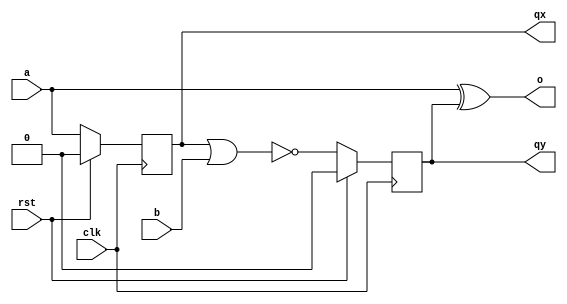
module boolean_circuit (a,b,clk,rst,qx,qy,o);
	input a,b,clk,rst; //a & b are the inputs
	output reg qx,qy;
	output o; // two outputs of the two flops and o is the actual output
	wire dx,dy;
	wire c;
	assign dx=a;
	assign dy=c; 
		always@(posedge clk)
			begin
				if (rst)
					begin
						qx<=1'b0;
						qy<=1'b0;	
					end
				else
					begin
						qx<=dx;
						qy<=dy;
					end
			end
	assign o=a^qy;
	assign c=~(qx||b);
endmodule 

module tbboolean_circuit();
	reg a,b,clk,rst; //a & b are the inputs
	wire qx,qy;
	wire o;
	always #5 clk=~clk;
	initial 
		begin
			clk=1'b0;a=1'b0; b=1'b0; rst=1'b1;
			#10 rst=1'b0;
			#10 a=1'b1; b=1'b0;
			#10 a=1'b0; b=1'b1;
			#10 a=1'b1; b=1'b1;
			#1000 $stop;
		end
	boolean_circuit b1(
		.a		(a),
		.b		(b),
		.clk	(clk),
		.rst	(rst),
		.qx		(qx),
		.qy		(qy),
		.o		(o));
endmodule